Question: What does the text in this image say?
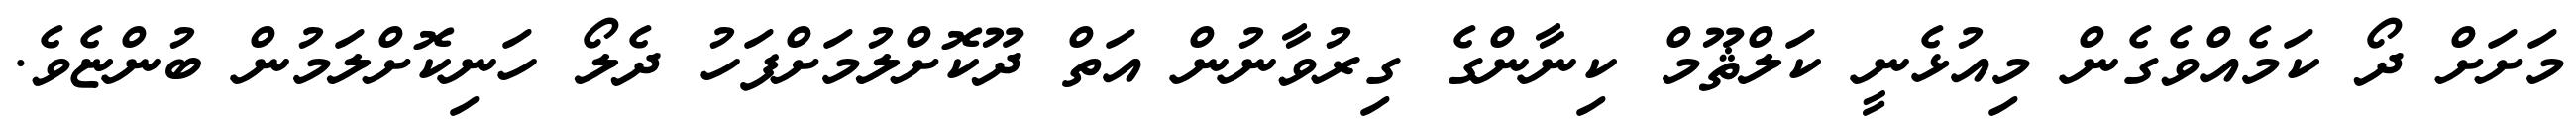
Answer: މަށަށް ދޯ ކަމެއްވެގެން މިއުޅެނީ ކަލްޘޫމް ކިނާންގެ ގިރުވާނުން އަތް ދޫކޮށްލުމަށްފަހު ދެލޯ ހަނިކޮށްލަމުން ބުންޏެވެ.